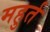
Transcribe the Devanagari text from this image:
महुर्त